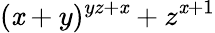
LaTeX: (\mathit{x}+y)^{yz+\mathit{x}}+z^{\mathit{x}+1}